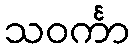
သဝင်္ကာ